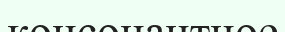
консонантное